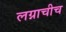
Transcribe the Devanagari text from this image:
लग्नाचीच